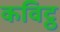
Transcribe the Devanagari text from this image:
कविट्ठ